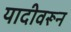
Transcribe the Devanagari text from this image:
यादीवरून